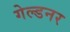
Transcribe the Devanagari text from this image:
गेल्डनर